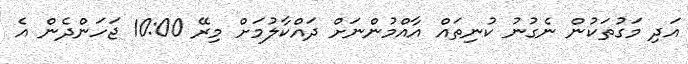
އަދި މަގުތަކުން ނެގުނު ކުނިތައް އާއްމުންނަށް ދައްކާލުމަށް މިރޭ 10:00 ޖަހަންދެން އެ